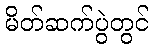
မိတ်ဆက်ပွဲတွင်